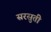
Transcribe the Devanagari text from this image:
सरसुती